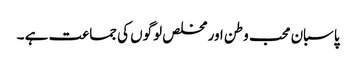
پاسبان محب وطن اور مخلص لوگوں کی جماعت ہے ۔